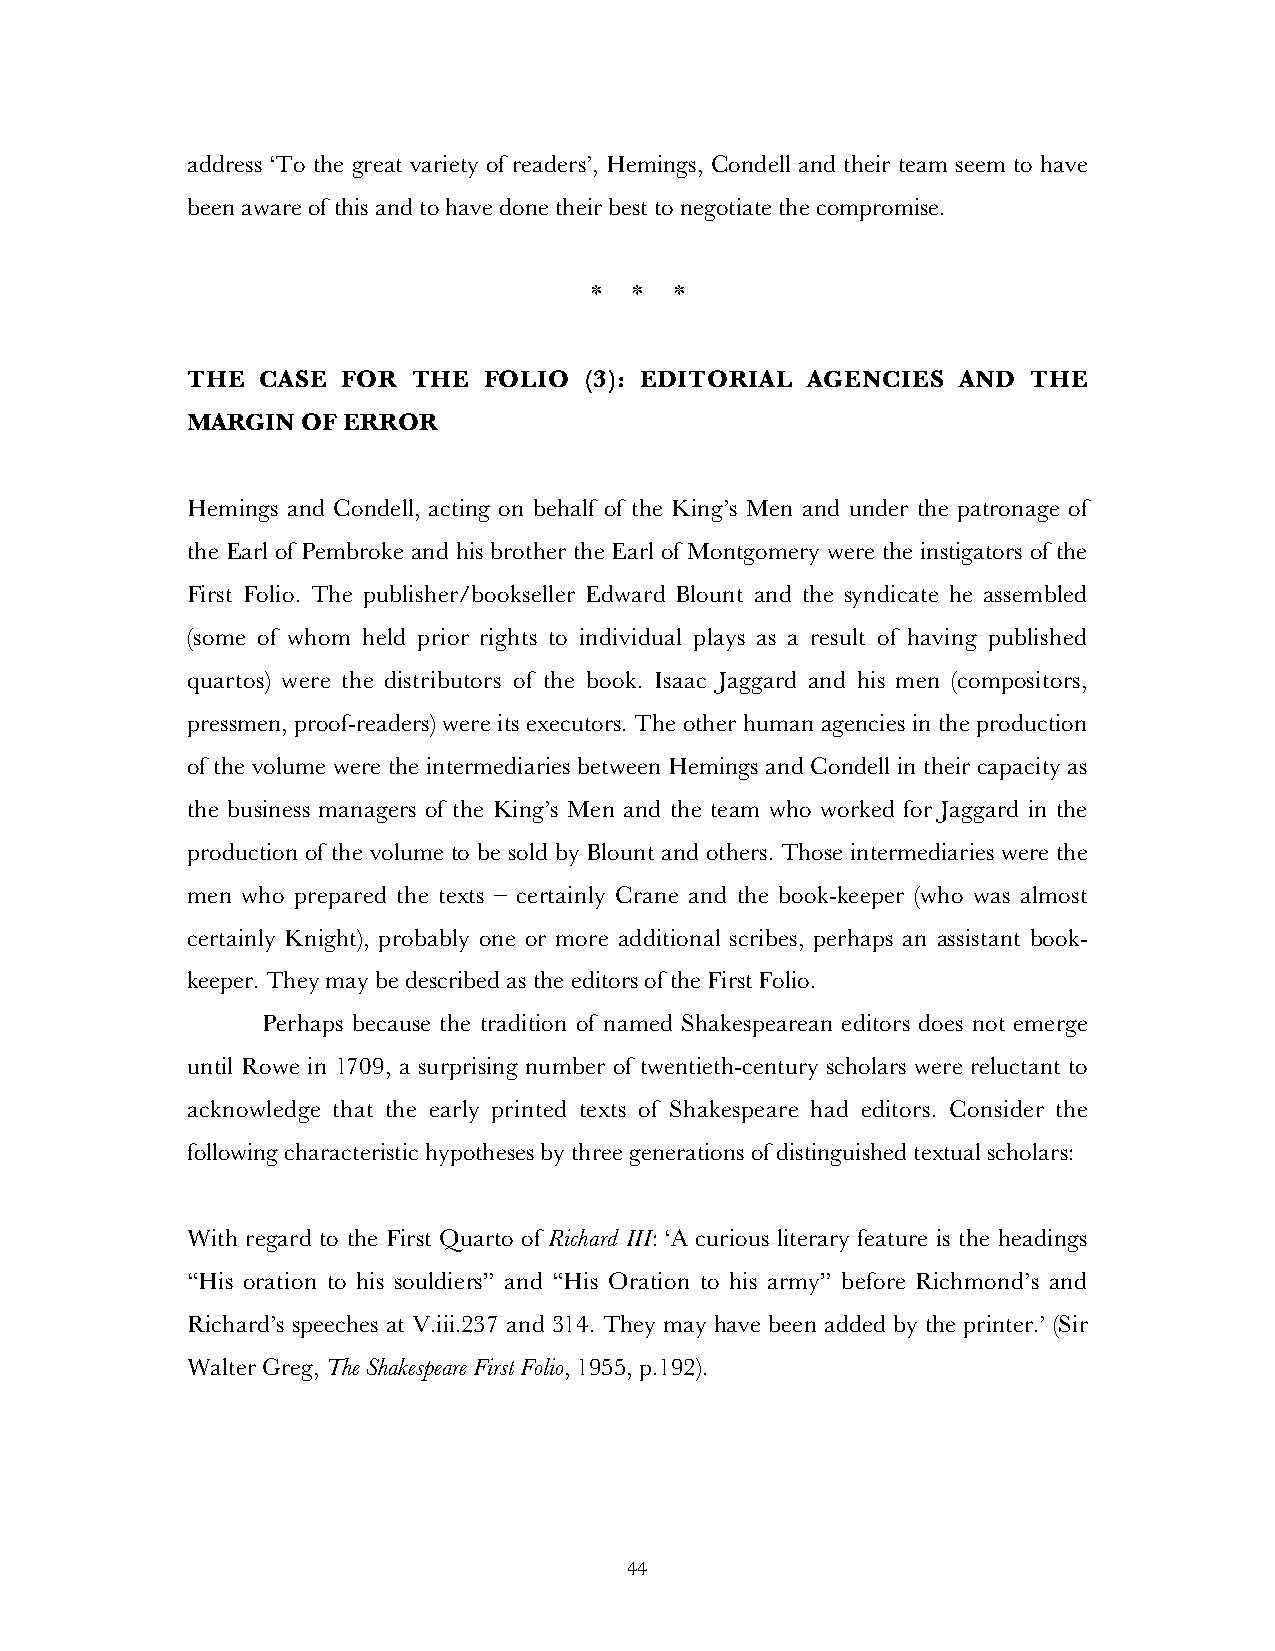
address ‘To the great variety of readers’, Hemings, Condell and their team seem to have
 been aware of this and to have done their best to negotiate the compromise.
 *  *  *
 THE  CASE  FOR THE  FOLIO  (3): EDITORIAL AGENCIES AND  THE
 MARGIN  OF ERROR
 Hemings and Condell, acting on behalf of the King’s Men and under the patronage of
 the Earl of Pembroke and his brother the Earl of Montgomery were the instigators of the
 First Folio. The publisher/bookseller Edward Blount and the syndicate he assembled
 (some of whom held prior rights to individual plays as a result of having published
 quartos) were the distributors of the book. Isaac Jaggard and his men (compositors,
 pressmen, proof-readers) were its executors. The other human agencies in the production
 of the volume were the intermediaries between Hemings and Condell in their capacity as
 the business managers of the King’s Men and the team who worked for Jaggard in the
 production of the volume to be sold by Blount and others. Those intermediaries were the
 men who prepared the texts – certainly Crane and the book-keeper (who was almost
 certainly Knight), probably one or more additional scribes, perhaps an assistant book-
 keeper. They may be described as the editors of the First Folio.
 Perhaps because the tradition of named Shakespearean editors does not emerge
 until Rowe in 1709, a surprising number of twentieth-century scholars were reluctant to
 acknowledge that the early printed texts of Shakespeare had editors. Consider the
 following characteristic hypotheses by three generations of distinguished textual scholars:
 With regard to the First Quarto of Richard III: ‘A curious literary feature is the headings
 “His oration to his souldiers” and “His Oration to his army” before Richmond’s and
 Richard’s speeches at V.iii.237 and 314. They may have been added by the printer.’ (Sir
 Walter Greg, The Shakespeare First Folio, 1955, p.192).
 44